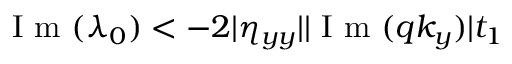
\mathrm { ~ I ~ m ~ } ( \lambda _ { 0 } ) < - 2 | \eta _ { y y } | | \mathrm { ~ I ~ m ~ } ( q k _ { y } ) | t _ { 1 }